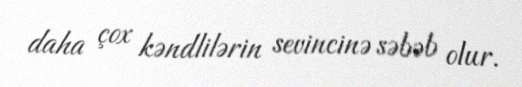
daha çox kəndlilərin sevincinə səbəb olur.